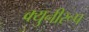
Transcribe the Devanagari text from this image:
क्युनीरूप